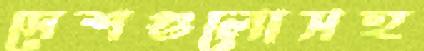
দেশগুলোসহ